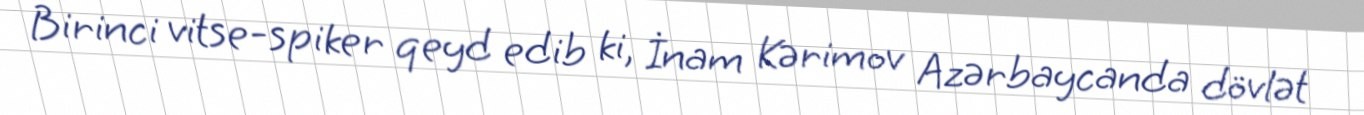
Birinci vitse-spiker qeyd edib ki, İnam Kərimov Azərbaycanda dövlət